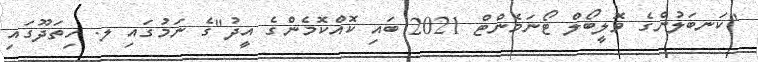
"ކަނބަލުންގެ ވޮލީބޯލް ޓޯނަމެންޓް 2021 ބައި ކޮއްކޮމެންގެ އީދު"ގެ ނަމުގައި ލ. ހިތަދޫގައި